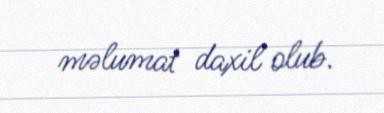
məlumat daxil olub.